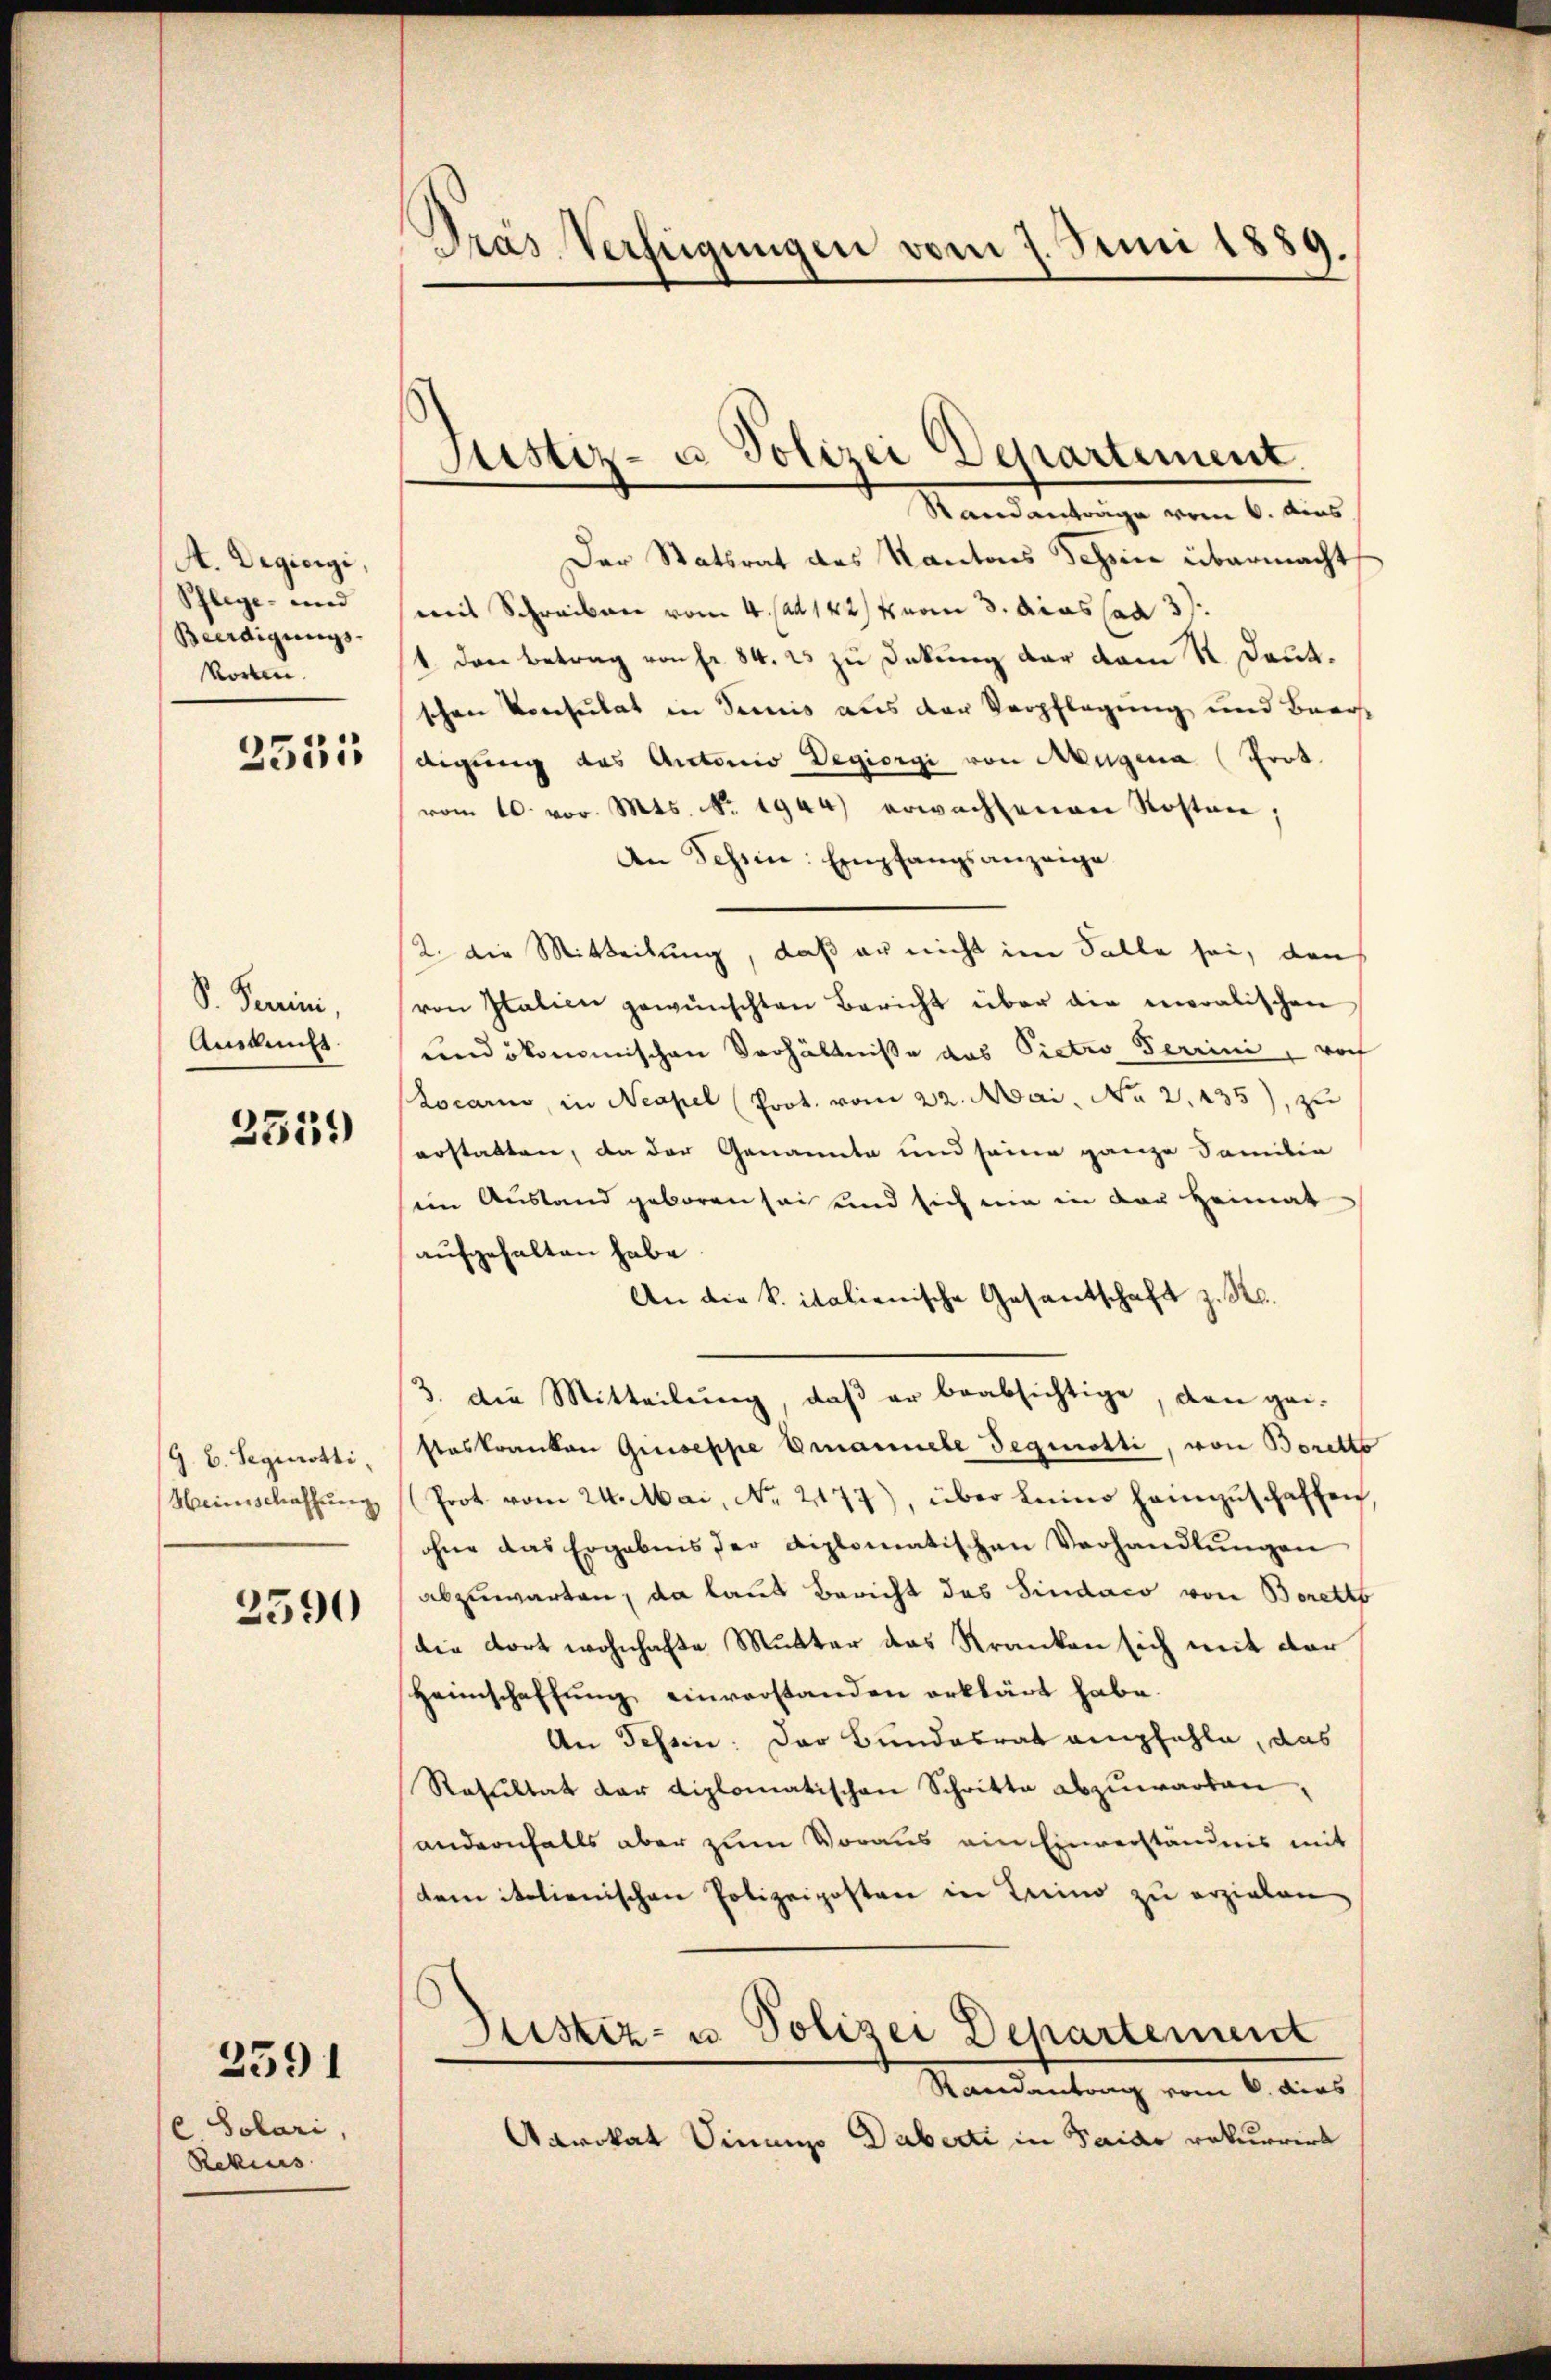
A. Degiorgi,
Pflege- und
Beerdigungs-
Vorben.

2535

S. Perini,
Auskunft.

2519)

G. B. Segerotti,
Weinschaffung

2590

2591

Solari,
Rekius

Prás Verfügungen vom 7. Juni 1889.

Justiz- u. Polizei Departement.

Standanträge vom 6. Aus
Der Statsrat des Kantons Schöne übermacht
mit Schreiben vom 4. ad 142/4 vom 3. das ad 37
1. den Betrag von Fr. 84. 25 zu Deckung der vom 2. Deut.
schen Konsulat in Semis aus der Verpflegung und Beach
digung des Antonio Vegiorgi von Augena (Prot.
vom 10. vor. Mts. No. 1944) erwachsenen Kosten,
An Tessin: Empfangsanzeige
2. Die Mitteilung, daß er nicht im Falle sei, den
von Italien gewünschten Bericht über die moralischen
und ökonomischen Verhältnisse das Pietro Perini, wof
Locarno, in Neapel Prot. vom 22. Mai, No 2.435), zu
erstatten, da der Genannte und seine ganze Familia
ein Ausland geboren sei und sich nie in der Heimat
aufgehalten habe.
An die K. italienische Gesantschaft z. R.
3. die Mitteilŭng, daβ er beabsichtige, den gei-
steskranken Quiseppe Emanuele Jegiotti, von Boretto
Prot vom 24. Mai, No. 2177), über Luino hannzuschaffen,
ohne das Ergebnis der diplomatischen Verhandlungen
abzuwarten, da laut Bericht des Sindaco von Boretto
die dort wohnhafte Mutter das Kranken sich mit der
Heimschaffung einverstanden erklärt habe.
An Tessin: Der Bundesrat empfehle, das
Resŭltat der Diplomatischen Schritte abzŭwarten,
andernfalls aber zum Voraus ein Einverständnis mit
tem italienischen Polizeiposten in Trino zu erzielen,
Justiz- u. Polizei Departement
Randantrag vom 6. dies
Aarokat Sinamo Dabei in Saiar rekurrirt